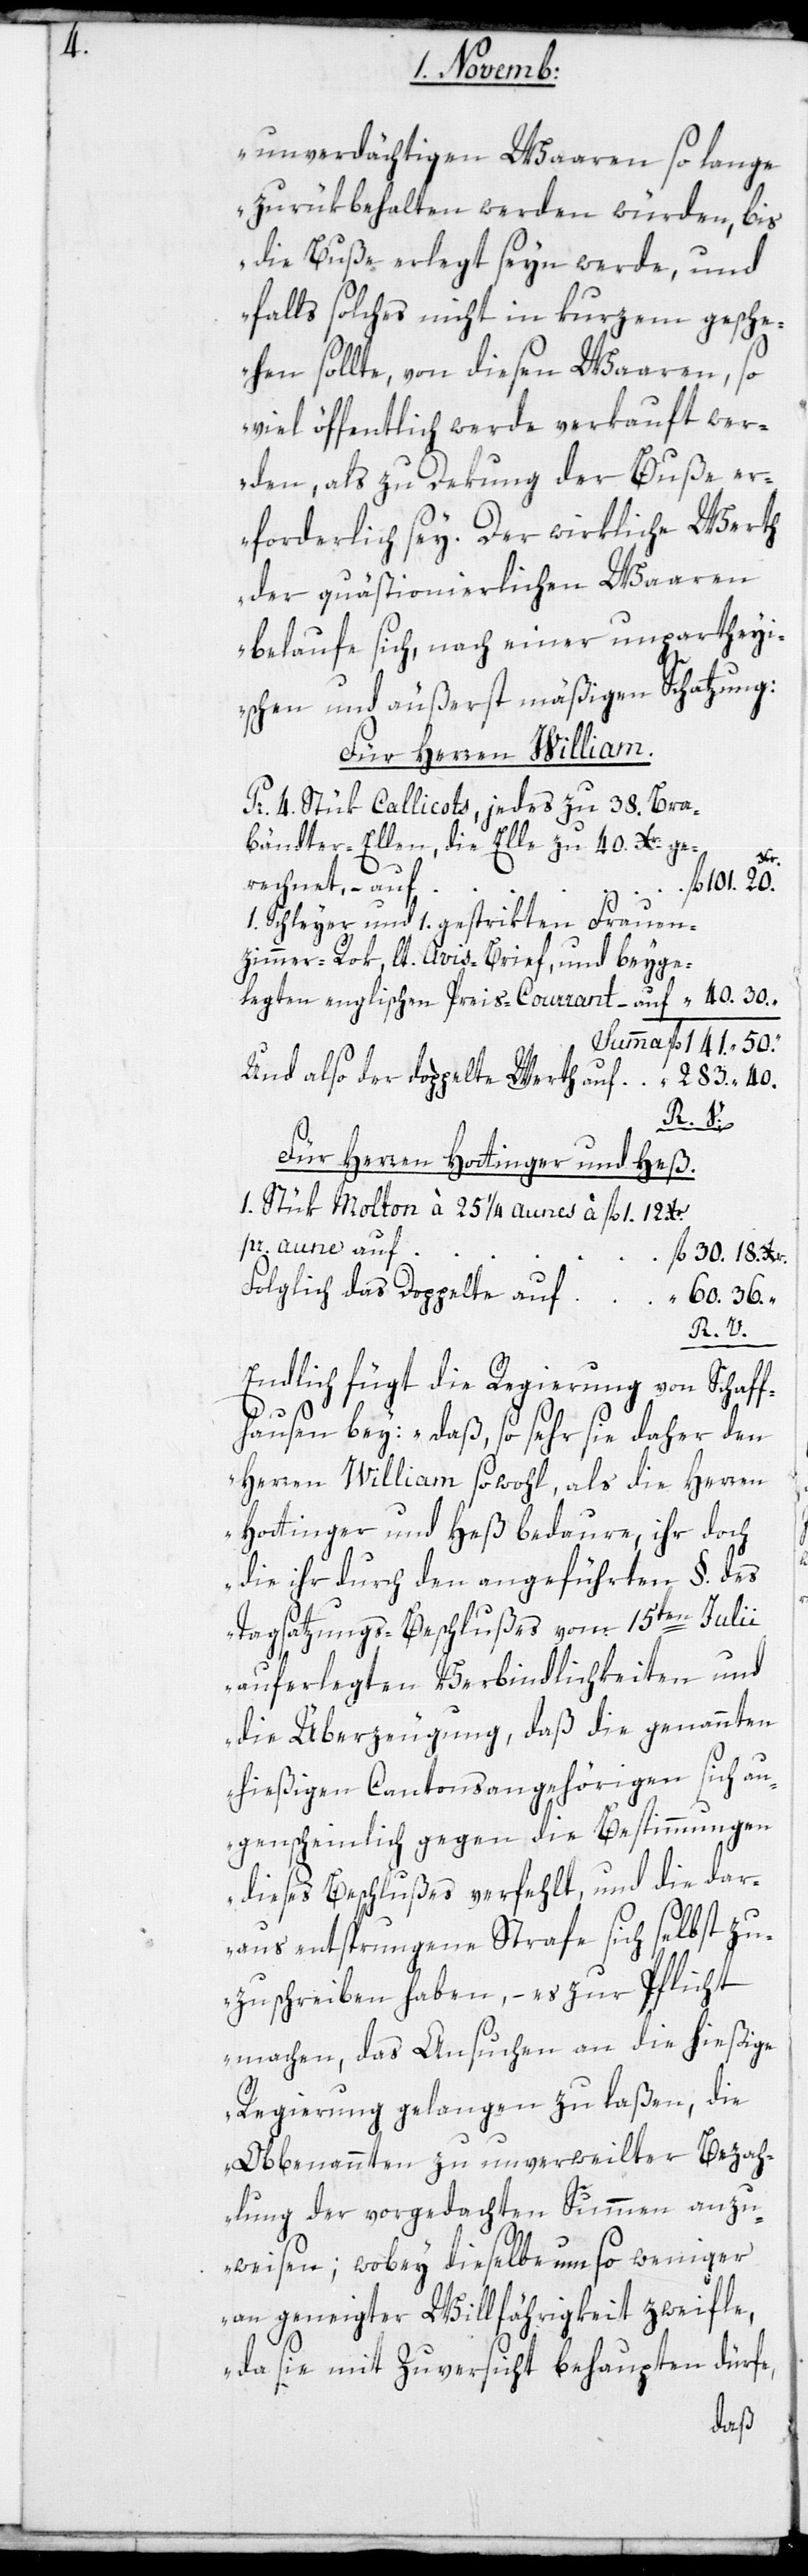
unverdächtigen Waaren, so lange
zurükbehalten werden würden, bis
die Buße erlegt seyn werde, und
falls solches nicht in kurzem gesche¬
hen sollte, von diesen Waaren, so
viel öffentlich werde verkauft wer¬
den, als zu Dekung der Buße er¬
forderlich sey. Der wirkliche Werth
der quästionierlichen Waaren
belaufe sich, nach einer unpartheyi¬
schen und äußerst mäßigen Schatzung:
Für Herren William.
Pr. 4. Stük Callicots, jedes zu 38. Bra¬
bändter-Ellen, die Elle zu 40 Xr. ge¬
Xr.
rechnet, auf
141. 50.
“
1. Schleyer und 1. gestrikten Frauen¬
zimmer-Rok, lt. Avis-Brief und beige¬
legten englischen Preis-Courrant auf
Und als der doppelte Werth auf
283. 40.
30. 18.
Für Herren Hottinger & Heß.
1. Stük Molton à 25¼ aunes à fl. 1. 12.
pr. aune, auf
folglich das Doppelte auf
60: 36.
R. V.
Endlich fügt die Regierung von Schaff¬
hausen bey: „Daß, so sehr sie daher den
Herren William sowohl als die Herren
Hottinger und Heß bedaure, ihr doch
die ihr durch den angeführten §. des
Tagsatzungs-Beschlußes vom 15ten Julii
auferlegten Verbindlichkeiten und
die Überzeugung, daß die genannten
hiesigen Cantonsangehörigen sich au¬
genscheinlich gegen die Bestimmungen
dieses Beschlußes verfehlt, und die dar¬
aus entsprungene Strafe sich selbst zu¬
zuschreiben haben, – es zur Pflicht
machen, das Ansuchen an die hießige
Regierung gelangen zu laßen, die
Obbenannten zu unverweilter Bezah¬
lung der vorgedachten Summen anzu¬
weisen; wobey dieselbe um so weniger
an geneigter Willfährigkeit zweifle,
da sie mit Zuversicht behaupten dürfe,